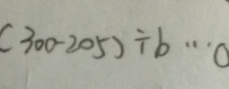
( 3 0 0 - 2 0 5 ) \div b \cdots 0